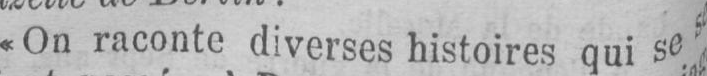
«On raconte diverses histoires qui se s